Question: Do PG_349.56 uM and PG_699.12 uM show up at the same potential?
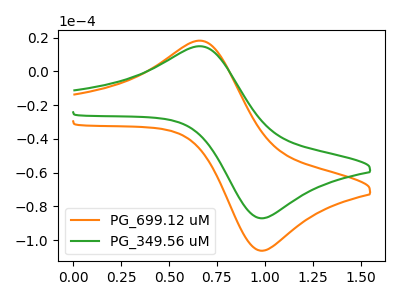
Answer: <think>The orange curve "PG_699.12 uM" has an anodic peak at (0.65V, 18.30uA) and a cathodic peak at (1.00V, -106.35uA). The green curve "PG_349.56 uM" has an anodic peak at (0.65V, 14.95uA) and a cathodic peak at (1.00V, -87.10uA).
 All the peaks in "PG_349.56 uM" have a peak in "PG_699.12 uM" at the same potential. Every peak in "PG_349.56 uM" is lower than every peak in "PG_699.12 uM".</think>
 <answer>"PG_349.56 uM" and "PG_699.12 uM" are similar in shape.</answer>
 <eval>same_shape</eval>